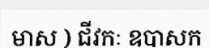
មាស ) ជីវកៈ ឧបាសក